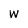
Character: w